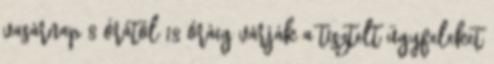
vasárnap 8 órától 18 óráig várják a tisztelt ügyfeleket